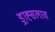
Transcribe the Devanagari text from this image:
ड्राह्सलाव